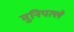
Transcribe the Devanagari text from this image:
मुनिपल्ले